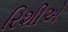
રિશીએ